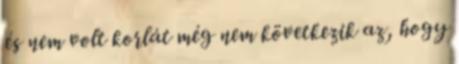
és nem volt korlát még nem következik az, hogy